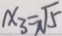
x _ { 3 } = \sqrt { 5 }